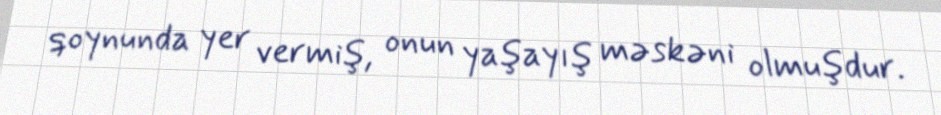
qoynunda yer vermiş, onun yaşayış məskəni olmuşdur.